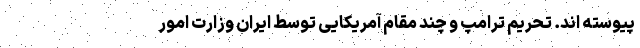
پیوسته ‌اند. تحریم ترامپ و چند مقام آمریکایی توسط ایران وزارت امور